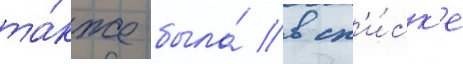
та́кже была́ в сп'и́ск'е